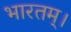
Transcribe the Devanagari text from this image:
भारतम्।